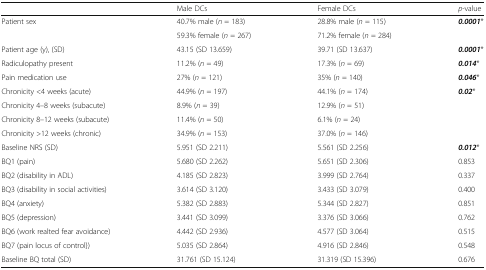
|  | Male DCs | Female DCs | p-value |
 | --- | --- | --- | --- |
 | <ROWSPAN=2> Patient sex | 40.7% male (n = 183) | 28.8% male (n = 115) | <ROWSPAN=2> 0.0001* |
 | 59.3% female (n = 267) | 71.2% female (n = 284) |
 | Patient age (y), (SD) | 43.15 (SD 13.659) | 39.71 (SD 13.637) | 0.0001* |
 | Radiculopathy present | 11.2% (n = 49) | 17.3% (n = 69) | 0.014* |
 | Pain medication use | 27% (n = 121) | 35% (n = 140) | 0.046* |
 | Chronicity <4 weeks (acute) | 44.9% (n = 197) | 44.1% (n = 174) | <ROWSPAN=4> 0.02* |
 | Chronicity 4–8 weeks (subacute) | 8.9% (n = 39) | 12.9% (n = 51) |
 | Chronicity 8–12 weeks (subacute) | 11.4% (n = 50) | 6.1% (n = 24) |
 | Chronicity >12 weeks (chronic) | 34.9% (n = 153) | 37.0% (n = 146) |
 | Baseline NRS (SD) | 5.951 (SD 2.211) | 5.561 (SD 2.256) | 0.012* |
 | BQ1 (pain) | 5.680 (SD 2.262) | 5.651 (SD 2.306) | 0.853 |
 | BQ2 (disability in ADL) | 4.185 (SD 2.823) | 3.999 (SD 2.764) | 0.337 |
 | BQ3 (disability in social activities) | 3.614 (SD 3.120) | 3.433 (SD 3.079) | 0.400 |
 | BQ4 (anxiety) | 5.382 (SD 2.883) | 5.344 (SD 2.827) | 0.851 |
 | BQ5 (depression) | 3.441 (SD 3.099) | 3.376 (SD 3.066) | 0.762 |
 | BQ6 (work realted fear avoidance) | 4.442 (SD 2.936) | 4.577 (SD 3.064) | 0.515 |
 | BQ7 (pain locus of control}) | 5.035 (SD 2.864) | 4.916 (SD 2.846) | 0.548 |
 | Baseline BQ total (SD) | 31.761 (SD 15.124) | 31.319 (SD 15.396) | 0.676 |